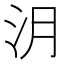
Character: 㳉